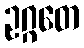
ဥဂ္ဂတေ